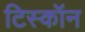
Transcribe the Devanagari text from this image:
टिस्कॉन